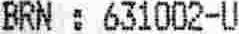
BRN : 631002-U